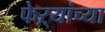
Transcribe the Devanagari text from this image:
फेऱ्यांच्या